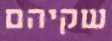
שקיהם